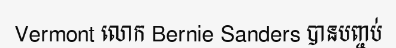
Vermont លោក Bernie Sanders បានបញ្ចប់